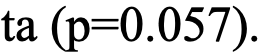
ta (p=0.057).